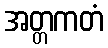
အတ္တကတံ